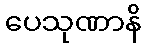
ပေသုဏာနိ